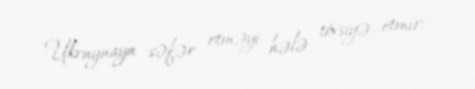
Ukraynaya səfər etməyi hələ tövsiyə etmir.